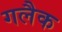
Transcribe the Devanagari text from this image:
गलैक